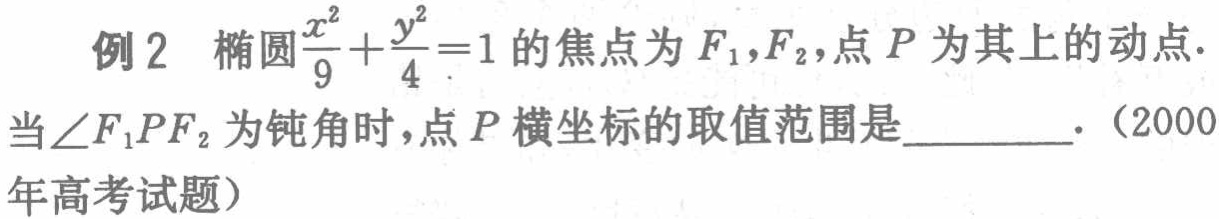
例2 椭圆$\frac{x^{2}}{9}+\frac{y^{2}}{4}=1$的焦点为$F_{1},F_{2}$，点$P$为其上的动点. 当$\angle F_{1}PF_{2}$为钝角时，点$P$横坐标的取值范围是_________.（2000年高考试题）